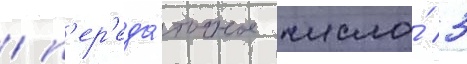
/ п'ер'еда́точное число́ 3